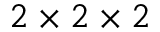
2 \times 2 \times 2